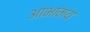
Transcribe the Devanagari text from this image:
आभामय